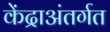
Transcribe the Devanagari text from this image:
केंद्राअंतर्गत